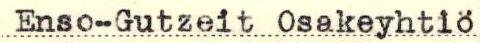
Enso-Gutzeit Osakeyhtiö